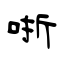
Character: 哳